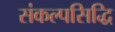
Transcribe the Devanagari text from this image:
संकल्पसिद्धि